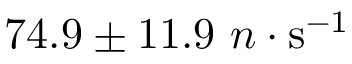
{ 7 4 . 9 \pm 1 1 . 9 ~ n \cdot \mathrm { s ^ { - 1 } } }